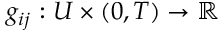
g _ { i j } : U \times ( 0 , T ) \to \mathbb { R }